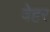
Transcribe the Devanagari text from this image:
वेहर